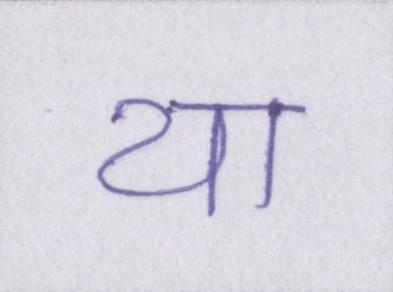
या